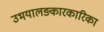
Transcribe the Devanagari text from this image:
उभयालङ्कारकारिका